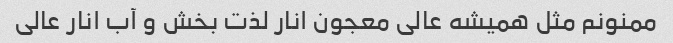
ممنونم مثل همیشه عالی معجون انار لذت بخش و آب انار عالی